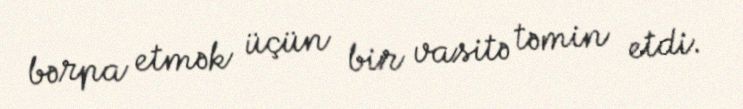
bərpa etmək üçün bir vasitə təmin etdi.